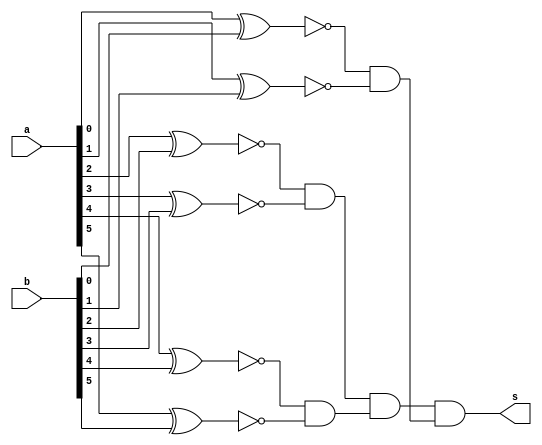
// ------------------------- 
// Exemplo0023  
// Nome: Pedro Ballona
// ------------------------- 
 
// ------------------------- 
//  equals 
// ------------------------- 
module equals (output s,  
                               input[5:0] a,  
                               input[5:0] b); 
 
// descrever por portas 
wire[5:0] x;
wire[2:0] y;
wire z;
xnor(x[0],a[0],b[0]);
xnor(x[1],a[1],b[1]);
xnor(x[2],a[2],b[2]);
xnor(x[3],a[3],b[3]);
xnor(x[4],a[4],b[4]);
xnor(x[5],a[5],b[5]);
and(y[0],x[0],x[1]);
and(y[1],x[2],x[3]);
and(y[2],x[4],x[5]);
and(z,y[1],y[2]);
and(s,z,y[0]);

 
endmodule // equals 
 
module test_equals; 
// ------------------------- definir dados 
      reg [5:0] x; 
      reg [5:0] y; 
      wire s;
		
		equals igual(s,x,y); 
 
// ------------------------- parte principal 
 initial begin 
      $display("Exemplo0023 - Pedro Ballona - 427455"); 
      $display("Test ALUs equals (1-verdadeiro 0-falso)");
		x=6'b010000; y=6'b010000;
		
		#1 $display("%b == %b (%b)",x,y,s);
 
 // projetar testes do somador complete 
 
 end 
 
endmodule // test_equals